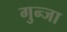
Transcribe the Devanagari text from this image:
गुन्जा